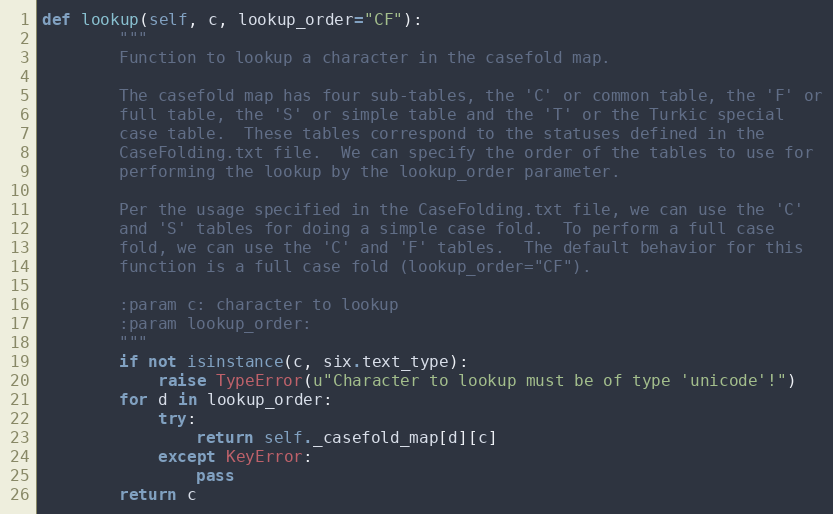
Language: Python
def lookup(self, c, lookup_order="CF"):
        """
        Function to lookup a character in the casefold map.

        The casefold map has four sub-tables, the 'C' or common table, the 'F' or
        full table, the 'S' or simple table and the 'T' or the Turkic special
        case table.  These tables correspond to the statuses defined in the
        CaseFolding.txt file.  We can specify the order of the tables to use for
        performing the lookup by the lookup_order parameter.

        Per the usage specified in the CaseFolding.txt file, we can use the 'C'
        and 'S' tables for doing a simple case fold.  To perform a full case
        fold, we can use the 'C' and 'F' tables.  The default behavior for this
        function is a full case fold (lookup_order="CF").

        :param c: character to lookup
        :param lookup_order:
        """
        if not isinstance(c, six.text_type):
            raise TypeError(u"Character to lookup must be of type 'unicode'!")
        for d in lookup_order:
            try:
                return self._casefold_map[d][c]
            except KeyError:
                pass
        return c